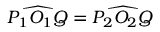
{ \widehat { P _ { 1 } O _ { 1 } Q } } = { \widehat { P _ { 2 } O _ { 2 } Q } }